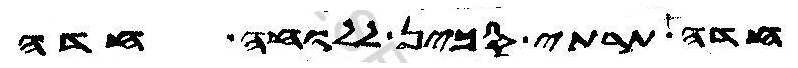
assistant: חדה תרתי סכין ללוחה חדה